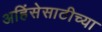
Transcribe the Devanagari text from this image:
अहिंसेसाठीच्या